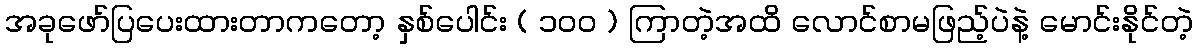
အခုဖော်ပြပေးထားတာကတော့ နှစ်ပေါင်း ( ၁၀၀ ) ကြာတဲ့အထိ လောင်စာမဖြည့်ပဲနဲ့ မောင်းနိုင်တဲ့